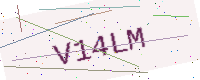
Text: V14LM